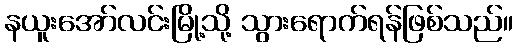
နယူးအော်လင်းမြို့သို့ သွားရောက်ရန်ဖြစ်သည်။